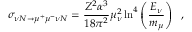
\sigma _ { \nu N \to \mu ^ { + } \mu ^ { - } \nu N } = \frac { Z ^ { 2 } \alpha ^ { 3 } } { 1 8 \pi ^ { 2 } } \mu _ { \nu } ^ { 2 } \ln ^ { 4 } \left( \frac { E _ { \nu } } { m _ { \mu } } \right) \; \; ,